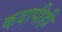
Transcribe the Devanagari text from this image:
कदापीही